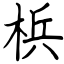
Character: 梹